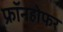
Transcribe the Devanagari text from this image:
फ्रॉनहोफर